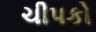
ચીપકો